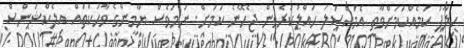
ހިލާފު ކަމެއްކަމަށްވާތީ އެމައްސަލަ ހައްލުކުރެވެން ޖެހޭނެ ކަމަށް. ނަމަވެސް ޔާމީންގެ ވާހަކަތައް އިލެކްޝަންސް